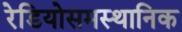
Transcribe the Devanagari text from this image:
रेडियोसमस्थानिक